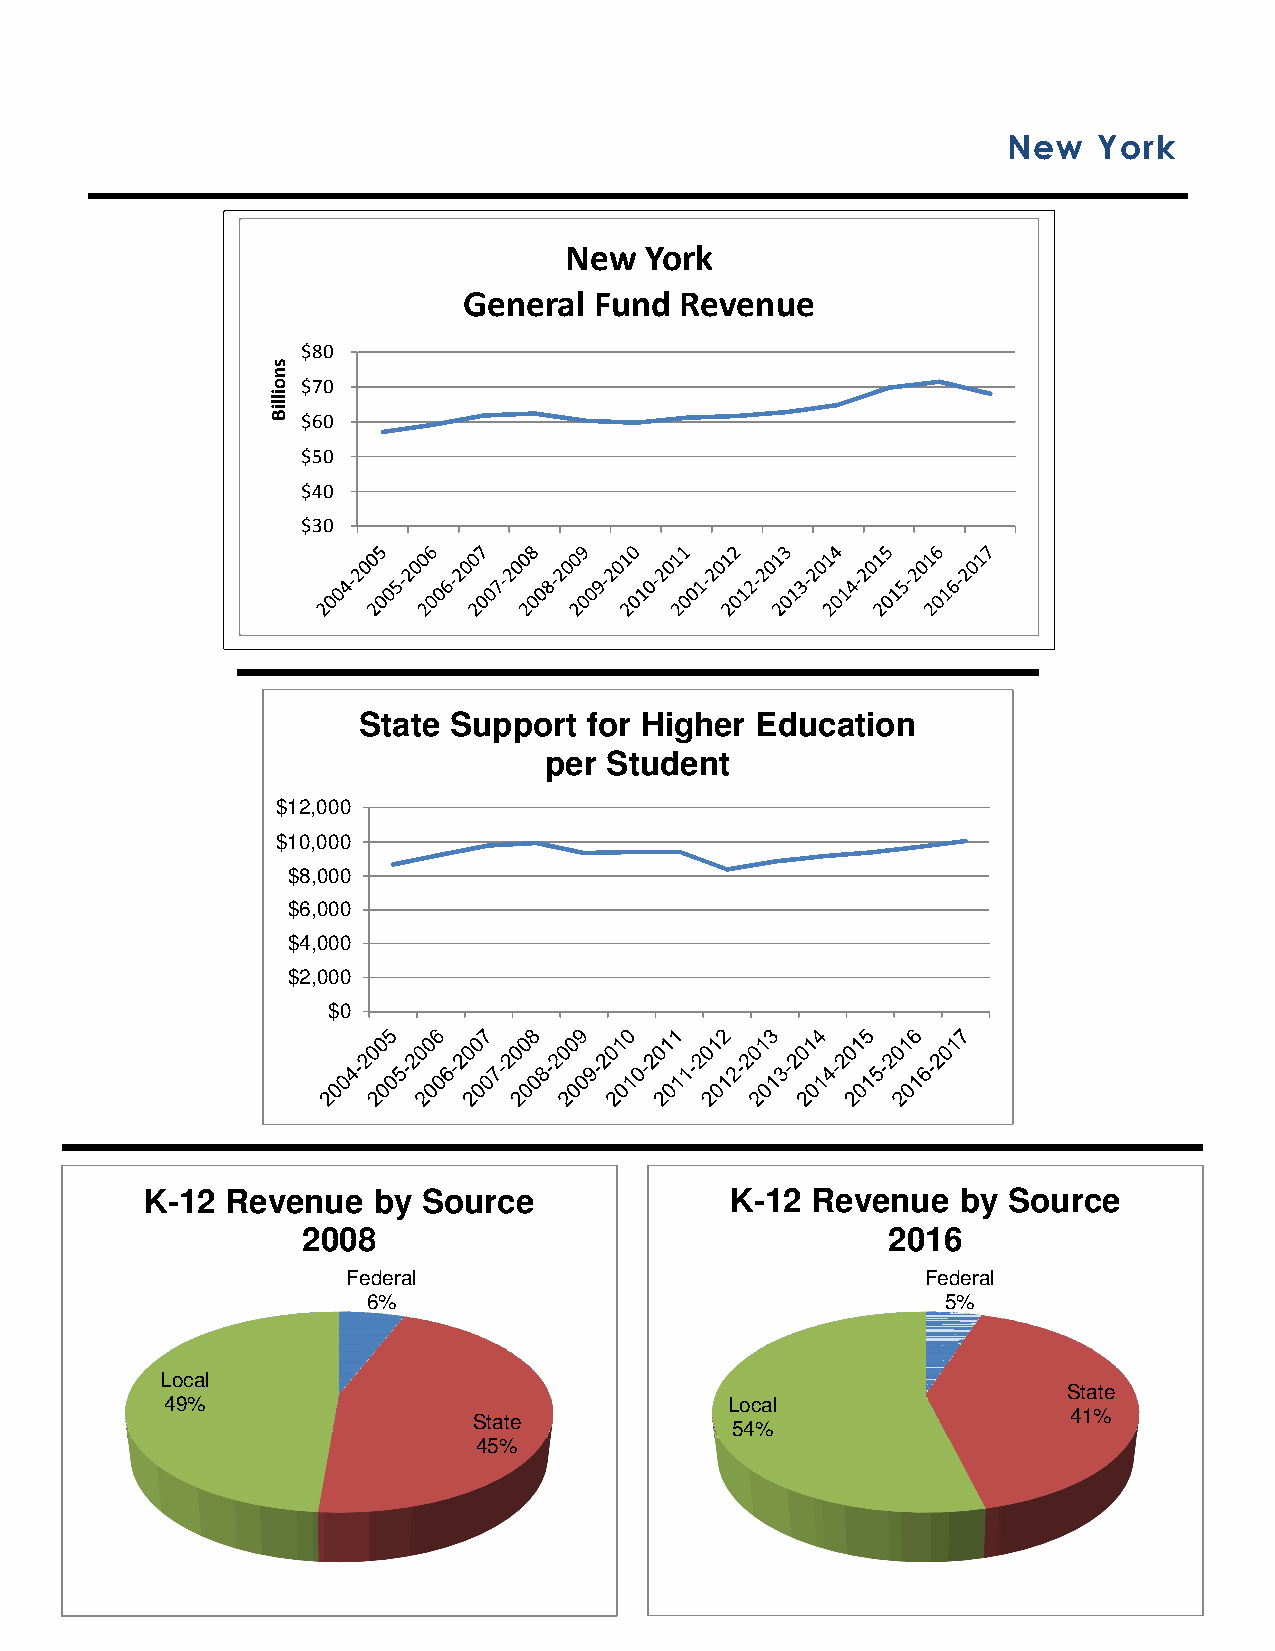
New   York
 New   York
 General Fund  Revenue
 $80
 $70
 $60
 $50
 $40
 $30
 State Support  for Higher Education
 per Student
 $12,000
 $10,000
 $8,000
 $6,000
 $4,000
 $2,000
 $0
 K-12 Revenue   by Source              K-12  Revenue   by Source
 2008                                   2016
 Federal                               Federal
 6%                                     5%
 Local
 State
 49%                                  Local
 State                                   41%
 54%
 45%
 snoilliB